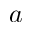
a